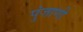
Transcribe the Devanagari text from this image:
पुंजाणी